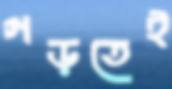
গড়তেই